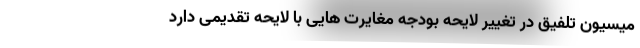
میسیون تلفیق در تغییر لایحه بودجه مغایرت هایی با لایحه تقدیمی دارد